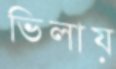
ভিলায়